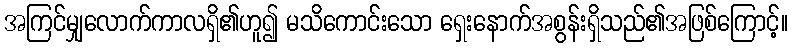
အကြင်မျှလောက်ကာလရှိ၏ဟူ၍ မသိကောင်းသော ရှေးနောက်အစွန်းရှိသည်၏အဖြစ်ကြောင့်။